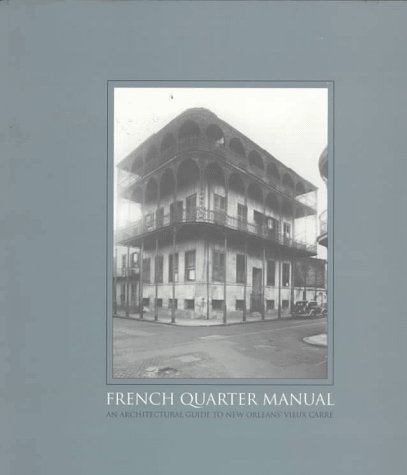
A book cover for French Quarter Manual: An Architectural Guide; Malcolm Heard; Travel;